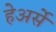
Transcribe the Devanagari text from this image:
हेअर्से